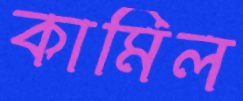
কামিল